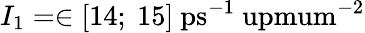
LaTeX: I_{1}=\in[14;~15]~\mathrm{ps^{-1}\ upmum^{-2}}